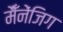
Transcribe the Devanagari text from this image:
मैँनेंजिग